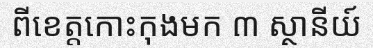
ពីខេត្តកោះកុងមក ៣ ស្ថានីយ៍